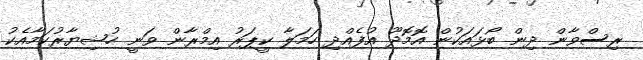
ރިސްވާން ދިން ބޯޅައަކުން އޮމޮދޫ އުފެއްދި ހަމަލާ ކީޕަރު އިމްރާން ވަނީ ހުޝިޔާރުކަމާއެކު